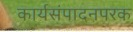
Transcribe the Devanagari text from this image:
कार्यसंपादनपरक